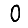
Digit: 0